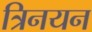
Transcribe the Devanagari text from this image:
त्रिनयन